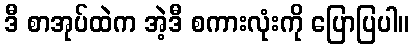
ဒီ စာအုပ်ထဲက အဲ့ဒီ စကားလုံးကို ပြောပြပါ။